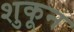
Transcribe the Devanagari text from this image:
शुकून